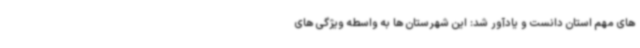
های مهم استان دانست و یادآور شد: این شهرستان ها به واسطه ویژگی های